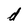
Character: d